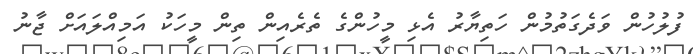
ފުލުހުން ވަދެގަތުމުން ހަތިޔާރު އެޅި މީހުންގެ ތެރެއިން ތިން މީހަކު އަމިއްލައަށް ޖާނު